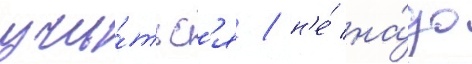
учи́тьс'я / н'е́ на́до